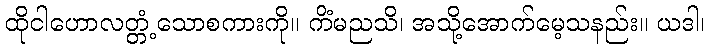
ထိုငါဟောလတ္တံ့သောစကားကို။ ကိံမညသိ၊ အသို့အောက်မေ့သနည်း။ ယဒါ၊